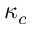
\kappa _ { c }